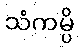
သံကမ္ပိ